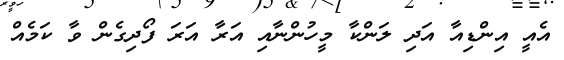
އެއީ އިންޑިއާ އަދި ލަންކާ މީހުންނާއި އަރާ އަރަ ފޯދިގެން ވާ ކަމެއް